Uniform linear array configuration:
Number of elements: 48
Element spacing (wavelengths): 0.5
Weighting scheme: exponential
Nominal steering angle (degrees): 45
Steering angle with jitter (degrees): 43.413
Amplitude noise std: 0.05
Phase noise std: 0.05

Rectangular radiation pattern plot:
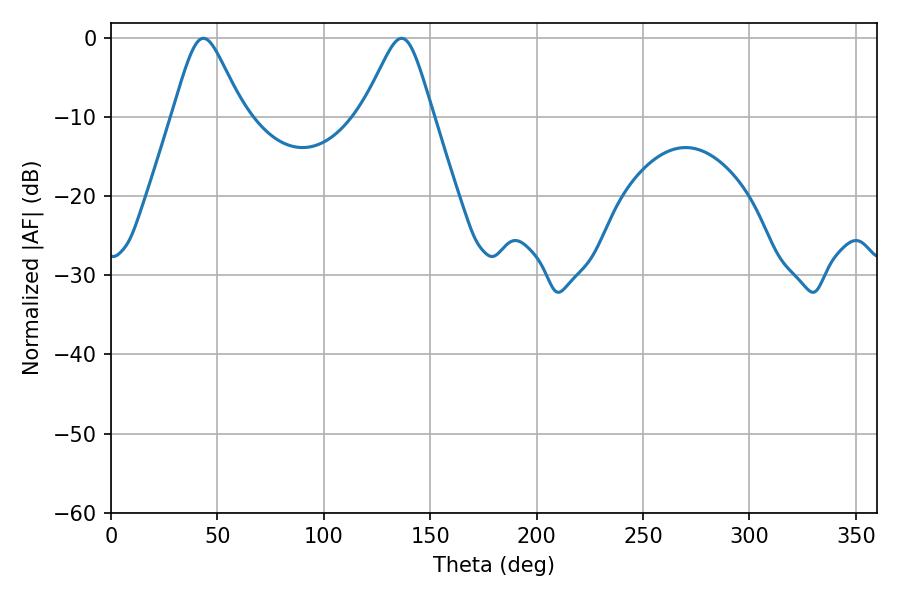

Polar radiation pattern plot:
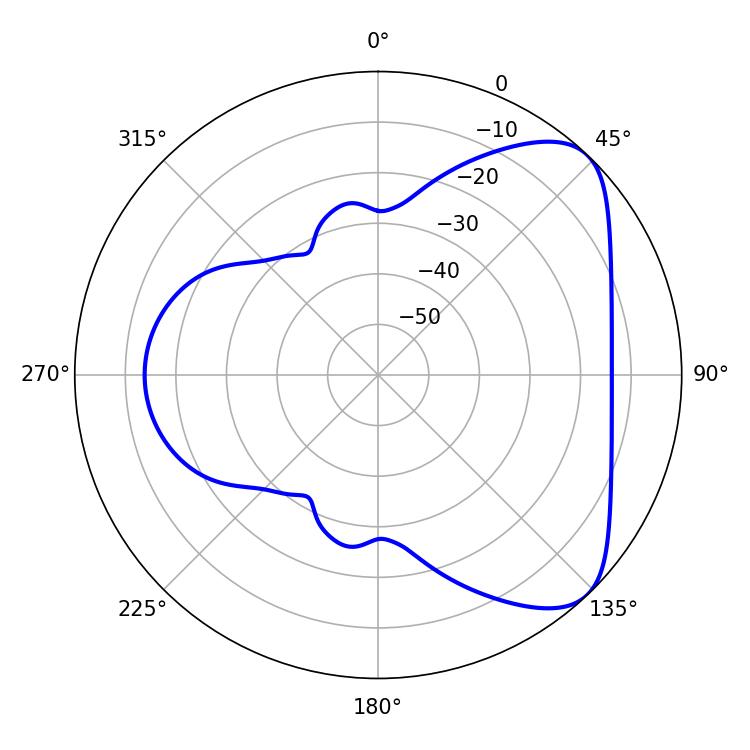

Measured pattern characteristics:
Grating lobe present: FALSE
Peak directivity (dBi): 6.246
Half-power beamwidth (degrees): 16.02
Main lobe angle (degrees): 43.38